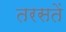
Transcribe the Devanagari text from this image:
तरसतें